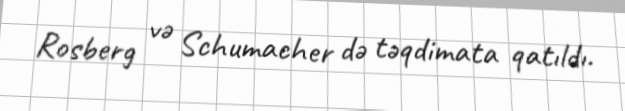
Rosberg və Schumacher də təqdimata qatıldı.